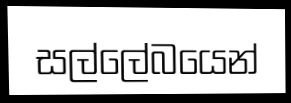
සල්ලේබයෙන්